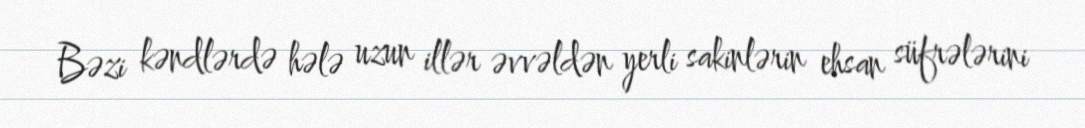
Bəzi kəndlərdə hələ uzun illər əvvəldən yerli sakinlərin ehsan süfrələrini